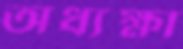
অধ্যক্ষা